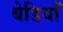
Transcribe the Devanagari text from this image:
बेडियाँ